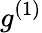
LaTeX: g^{(1)}